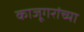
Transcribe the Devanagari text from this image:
काजूगरांच्या